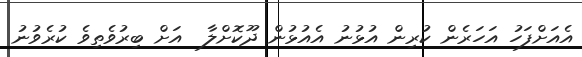
އެއަށްފަހު އަހަރެން ކުރިން އުޅުނު އެއުޅުން ދޫކޮށްލާ  އަށް ބިރުވެތިވެ ކުރެވުނު